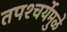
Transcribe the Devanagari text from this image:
तपश्‍चर्येमुळे